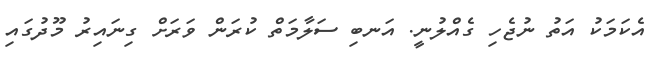
އެކަމަކު އަތު ނުޖެހި ގެއްލުނީ. އަނބި ސަލާމަތް ކުރަން ވަރަށް ގިނައިރު މޫދުގައި